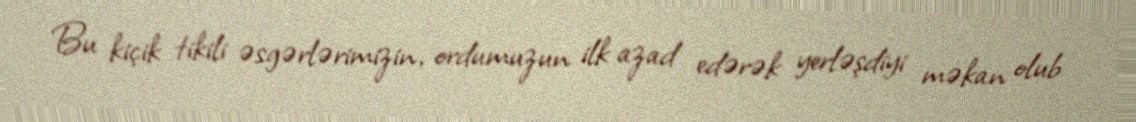
Bu kiçik tikili əsgərlərimizin, ordumuzun ilk azad edərək yerləşdiyi məkan olub